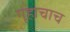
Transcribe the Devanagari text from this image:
गृहाचाच